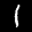
Label: 1